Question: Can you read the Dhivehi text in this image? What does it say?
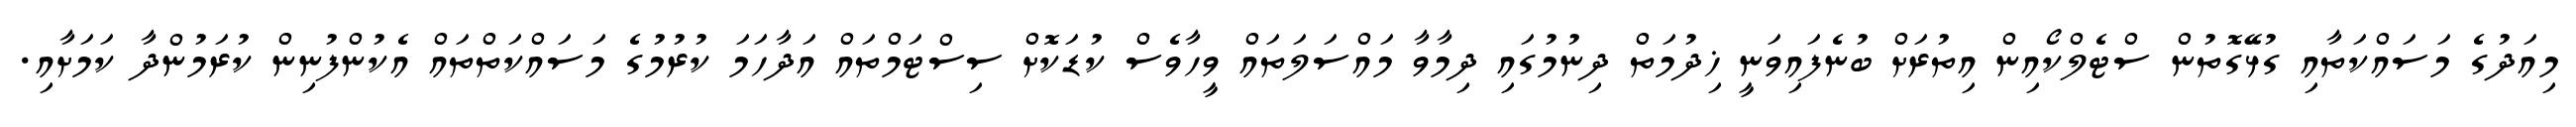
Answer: މިއަދުގެ މަސައްކަތާއި ގުޅޭގޮތުން ސްޓެލްކޯއިން އިތުރަށް ބުނެފައިވަނީ ޚިދުމަތް ދިނުމުގައި ދިމާވާ މައްސަލަތައް ވީހާވެސް ކުޑަކޮށް ސިސްޓަމްތައް އަދާހަމަ ކުރުމުގެ މަސައްކަތްތައް އެކުންފުނިން ކުރަމުންދާ ކަމަށާއި.